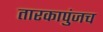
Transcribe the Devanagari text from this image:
तारकापुंजच